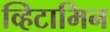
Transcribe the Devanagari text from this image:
व्हिटामिन